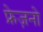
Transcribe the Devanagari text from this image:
फ्रेज़नो